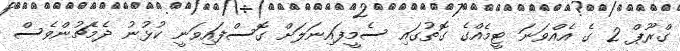
ގްރޫޕް 2 ގެ އެއްވަނަ ޓީމެއްގެ ގޮތުގައި ސެމީފައިނަލަށް ގޮސްފައިވަނީ ކުޅުނު ދެމެޗުންވެސް